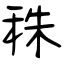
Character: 秼